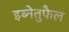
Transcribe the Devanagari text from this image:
इब्नेतुफैल